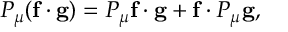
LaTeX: P _ { \mu } ( \mathbf { f } \cdot \mathbf { g } ) = P _ { \mu } \mathbf { f } \cdot \mathbf { g } + \mathbf { f } \cdot P _ { \mu } \mathbf { g } ,